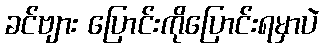
ခင်ဗျား ပြောင်းကိုပြောင်းရမှာပဲ